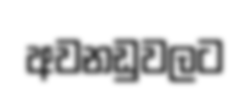
අවනඩුවලට